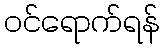
ဝင်ရောက်ရန်